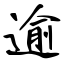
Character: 逾